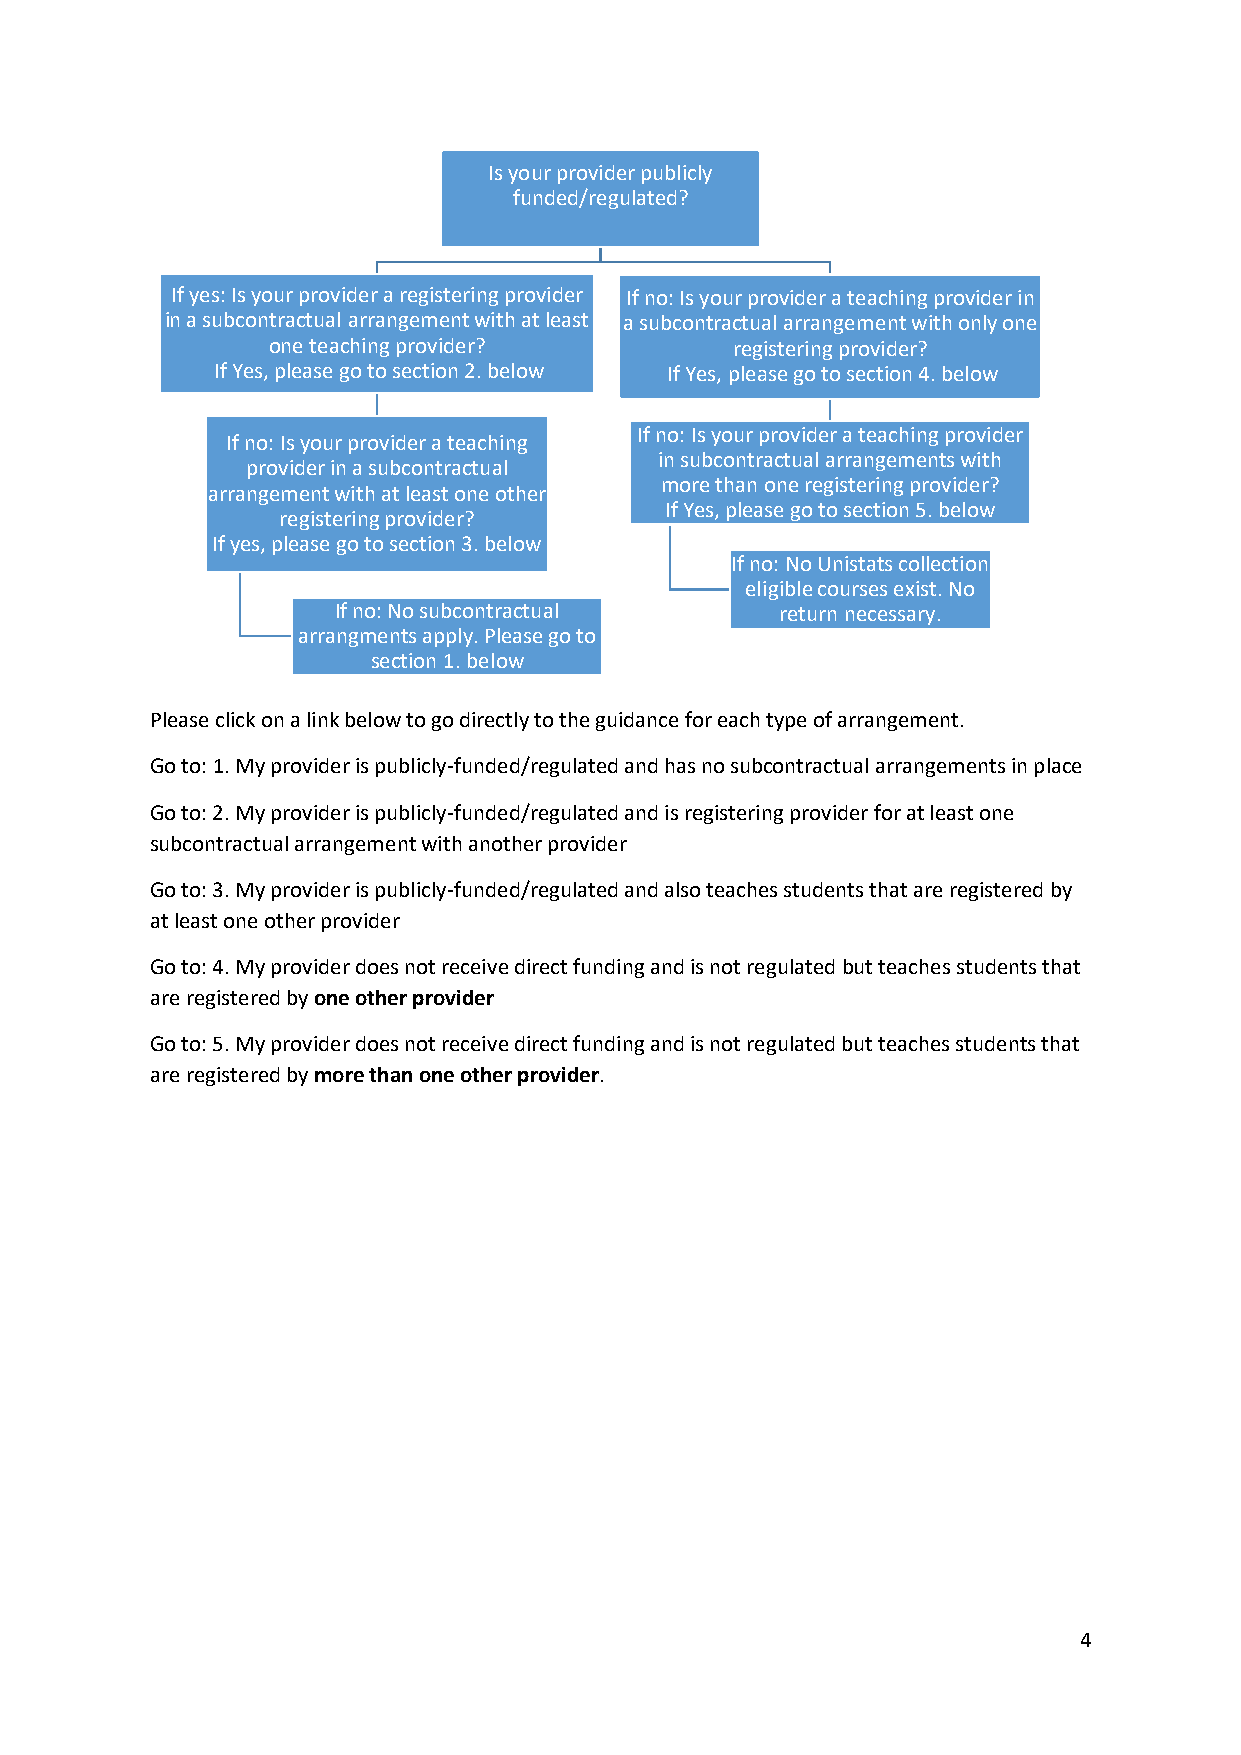
Is your provider publicly
 funded/regulated?
 If yes: Is your provider a registering provider If no: Is your provider a teaching provider in
 in a subcontractual arrangement with at least a subcontractual arrangement with only one
 one teaching provider?        registering provider?
 If Yes, please go to section 2. below If Yes, please go to section 4. below
 If no: Is your provider a teaching provider
 If no: Is your provider a teaching
 in subcontractual arrangements with
 provider in a subcontractual
 more than one registering provider?
 arrangement with at least one other
 If Yes, please go to section 5. below
 registering provider?
 If yes, please go to section 3. below
 If no: No Unistats collection
 eligible courses exist. No
 If no: No subcontractual      return necessary.
 arrangments apply. Please go to
 section 1. below
 Please click on a link below to go directly to the guidance for each type of arrangement.
 Go to: 1. My provider is publicly-funded/regulated and has no subcontractual arrangements in place
 Go to: 2. My provider is publicly-funded/regulated and is registering provider for at least one
 subcontractual arrangement with another provider
 Go to: 3. My provider is publicly-funded/regulated and also teaches students that are registered by
 at least one other provider
 Go to: 4. My provider does not receive direct funding and is not regulated but teaches students that
 are registered by one other provider
 Go to: 5. My provider does not receive direct funding and is not regulated but teaches students that
 are registered by more than one other provider.
 4